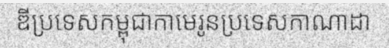
ឌីប្រទេសកម្ពុជាកាមេរូនប្រទេសកាណាដា